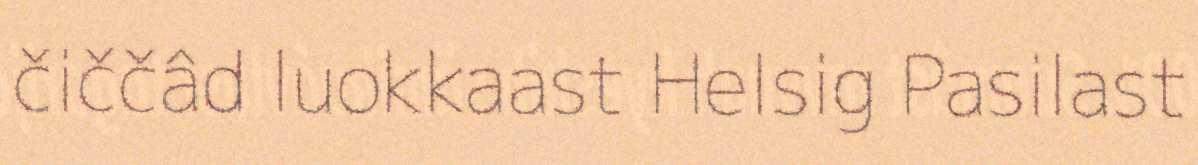
čiččâd luokkaast Helsig Pasilast